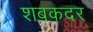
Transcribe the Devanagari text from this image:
शबकदर